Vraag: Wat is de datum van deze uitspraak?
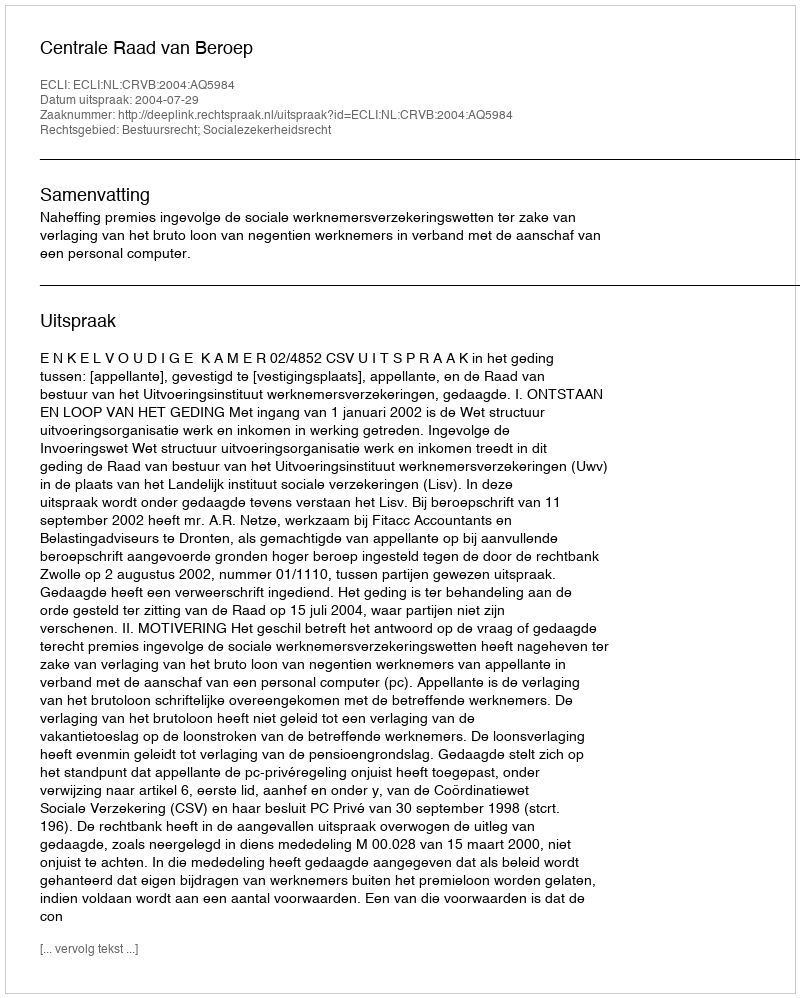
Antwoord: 2004-07-29